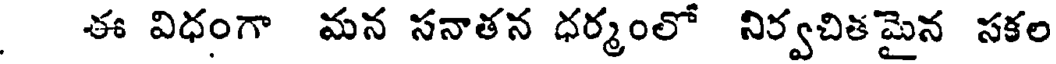
ఈ విధంగా మన సనాతన ధర్మంలో నిర్వచితమైన సకల